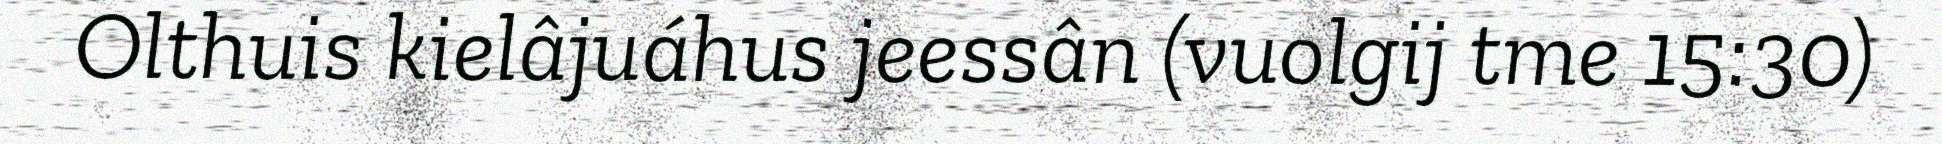
Olthuis kielâjuáhus jeessân (vuolgij tme 15:30)